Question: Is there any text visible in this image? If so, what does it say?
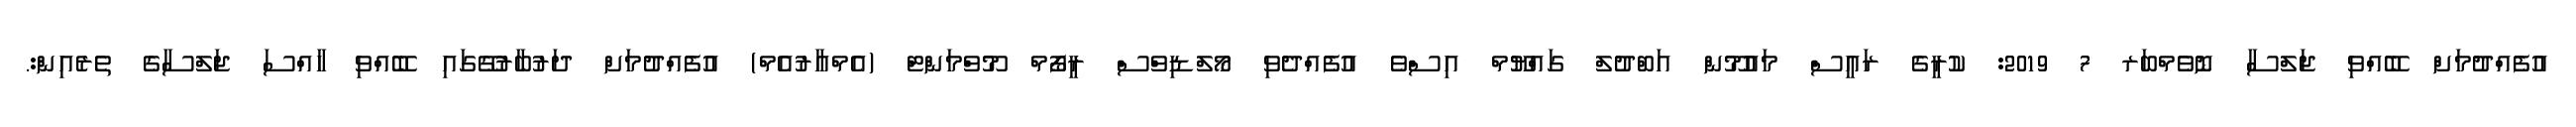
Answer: އުފެއްދުމަށް ބޭއްވި ޖަލްސާ ނޮވެމްބަރ 7 2019: ކުރީގެ ރައީސް މައުމޫން އަބްދުލް ގައްޔޫމް އިސްވެ އުފެއްދެވި މޯލްޑިވްސް ރީފޯމް މޫވްމަންޓް (އެމްއާރުއެމް) އުފެއްދުމަށް ދަރުބާރުގޭގައި ބޭއްވި ހާއްސަ ޖަލްސާގެ ތެރެއިން:.